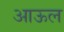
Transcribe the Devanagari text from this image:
आऊल